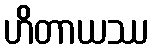
ဟိတာယဿ